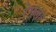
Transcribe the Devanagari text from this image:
रेगला